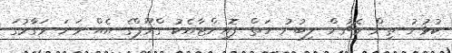
ކުޅުނު ތިން މެޗުން ލިބުނު ހަތް ޕޮއިންޓާއެކު ގްރޫޕްގެ އެއް ވަނަ މަގާމުގަ